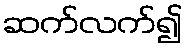
ဆက်လက်၍